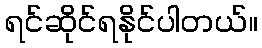
ရင်ဆိုင်ရနိုင်ပါတယ်။